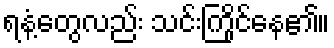
ရနံ့တွေလည်း သင်းကြိုင်နေ၏။